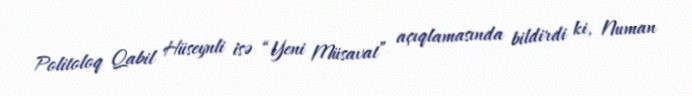
Politoloq Qabil Hüseynli isə “Yeni Müsavat” açıqlamasında bildirdi ki, Numan